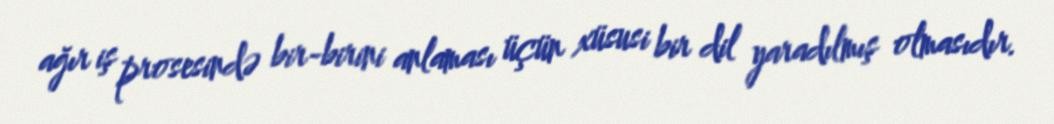
ağır iş prosesində bir-birini anlaması üçün xüsusi bir dil yaradılmış olmasıdır.